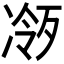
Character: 𪞧